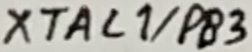
Text: XTAL1/PB3